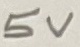
Text: 5V